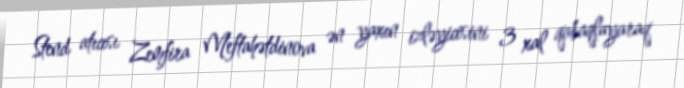
Stend atıcısı Zemfira Meftahətdinova ən yaxın izləyicisini 3 xal qabaqlayaraq